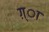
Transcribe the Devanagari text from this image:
ग़्ा